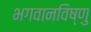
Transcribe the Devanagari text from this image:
भगवानविष्णु